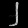
Digit: ၂